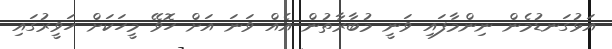
އަޅުގަނޑުމެން ނިންމާފައި ވަނީ މުބާރާތުން އެއް ވަނަ އަށް ހޮވޭ މީހަކަށް ހަވީރުގައި